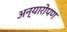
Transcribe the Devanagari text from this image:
अन्यारोपण